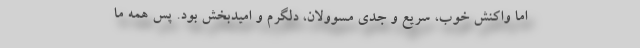
اما واکنش خوب، سریع و جدی مسوولان، دلگرم و امیدبخش بود. پس همه ما